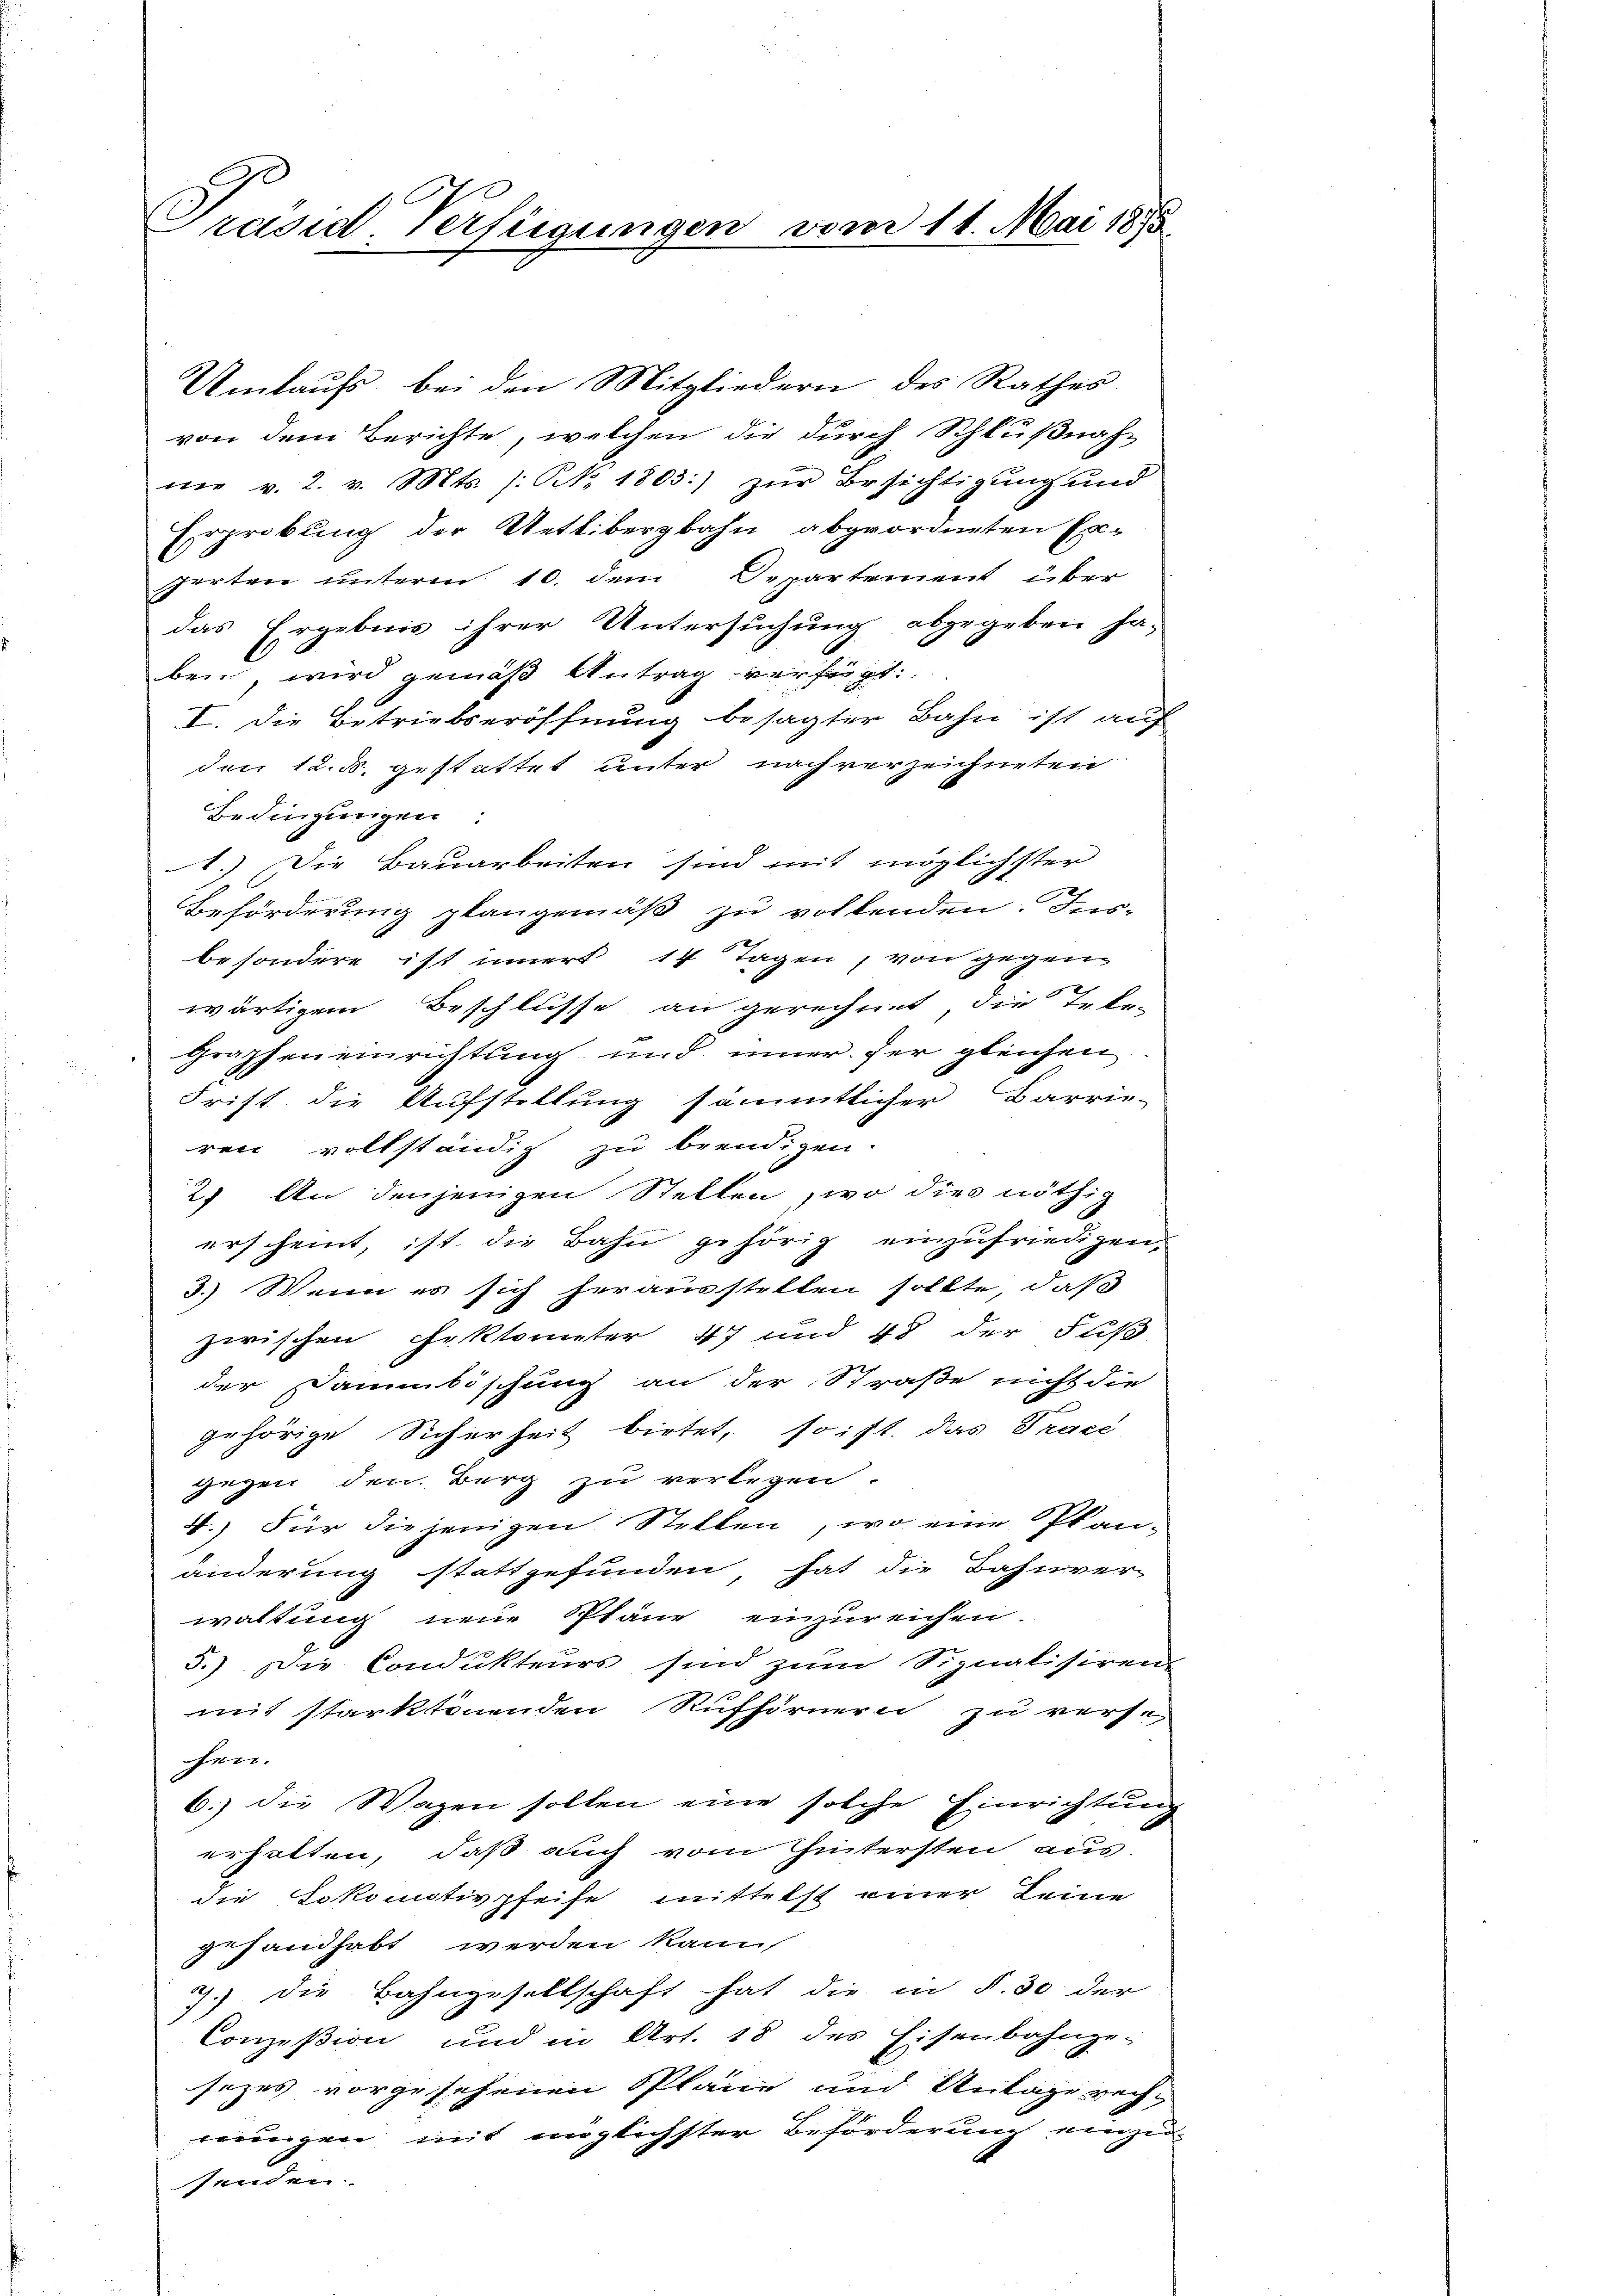
Präsid. Verfügungen vom 11. Mai 1875

Umlaufs bei den Mitgliedern des Rathes
von dem Berichte, welchen die durch Schlußnahni v. 2. v. Mts. (: NNo. 1803:) zŭr Besichtigung und
Erprobung der Uetlibergbahn abgeordneten Experten unterm 10. dem Departement über
das Ergebnis ihrer Untersuchung abgegeben ja,
ben, wird gemäß Antrag verfügt:
I. Die Betriebseröffnung besagter Bahn ist auf
den 12. ds. gestattet unter nach verzeichneten
Bedingungen:
1.) Die Bauarbeiten sind mit möglichster
x
Beförderung plangemäß zu vollenden. Insbesondere ist innert 14 Tagen, von gegenwärtigem Beschlusse an gerechnet die Tele-
Graphen einrichtung und inner der gleichen
Frist die Aufstellung sämmtlicher Barrie-
ren vollständig zu brendigen.
2) An denjenigen Stellen, wo dies nöthig
erscheint, ist die Bahn gehörig einzufriedigen.
3.) Wenn es sich herausstellen sollte, daß
zwischen Faktometer 47 und 48 der Fuß
der Dammbischung an der Straße nicht die
gehörige Sicherheit bietet, so ist. das Praci
gegen den Berg zu verlegen
4.) Für diejenigen Stellen, wo eine Planänderung stattgefunden, hat die Bahnver
waltung neue Pläne einzureichen.
5.) Die Condukteurs sind zum Signalisiren
mit starktönenden Rufhörnern zu vers.
er.
6.) die Wagen sollen eine solche Einrichtung
erhalten, daß auch vom Hintersten aus-
die Lokomotivpfeise mittelst einer Leine
gesandhabt werden kann,
7. die Bahngesellschaft hat die in §. 30 der
Conzession und in Art. 18 des Eisenbahnge-
sezes vorgesehenen Pläne und Antage rech-
nungen mit englichster Beförderung einzu-
senden.